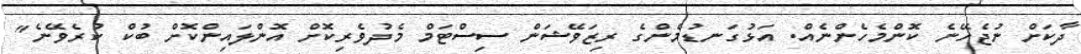
ދާކަށް ނުޖެހޭނެ ކޮންމެހެންނެއް. އަޅުގަނޑުމެންގެ ރިޒަވޭޝަން ސިސްޓަމް މެދުވެރިކޮށް އޮންލައިންކޮށް ބުކް ކުރެވޭނެ"